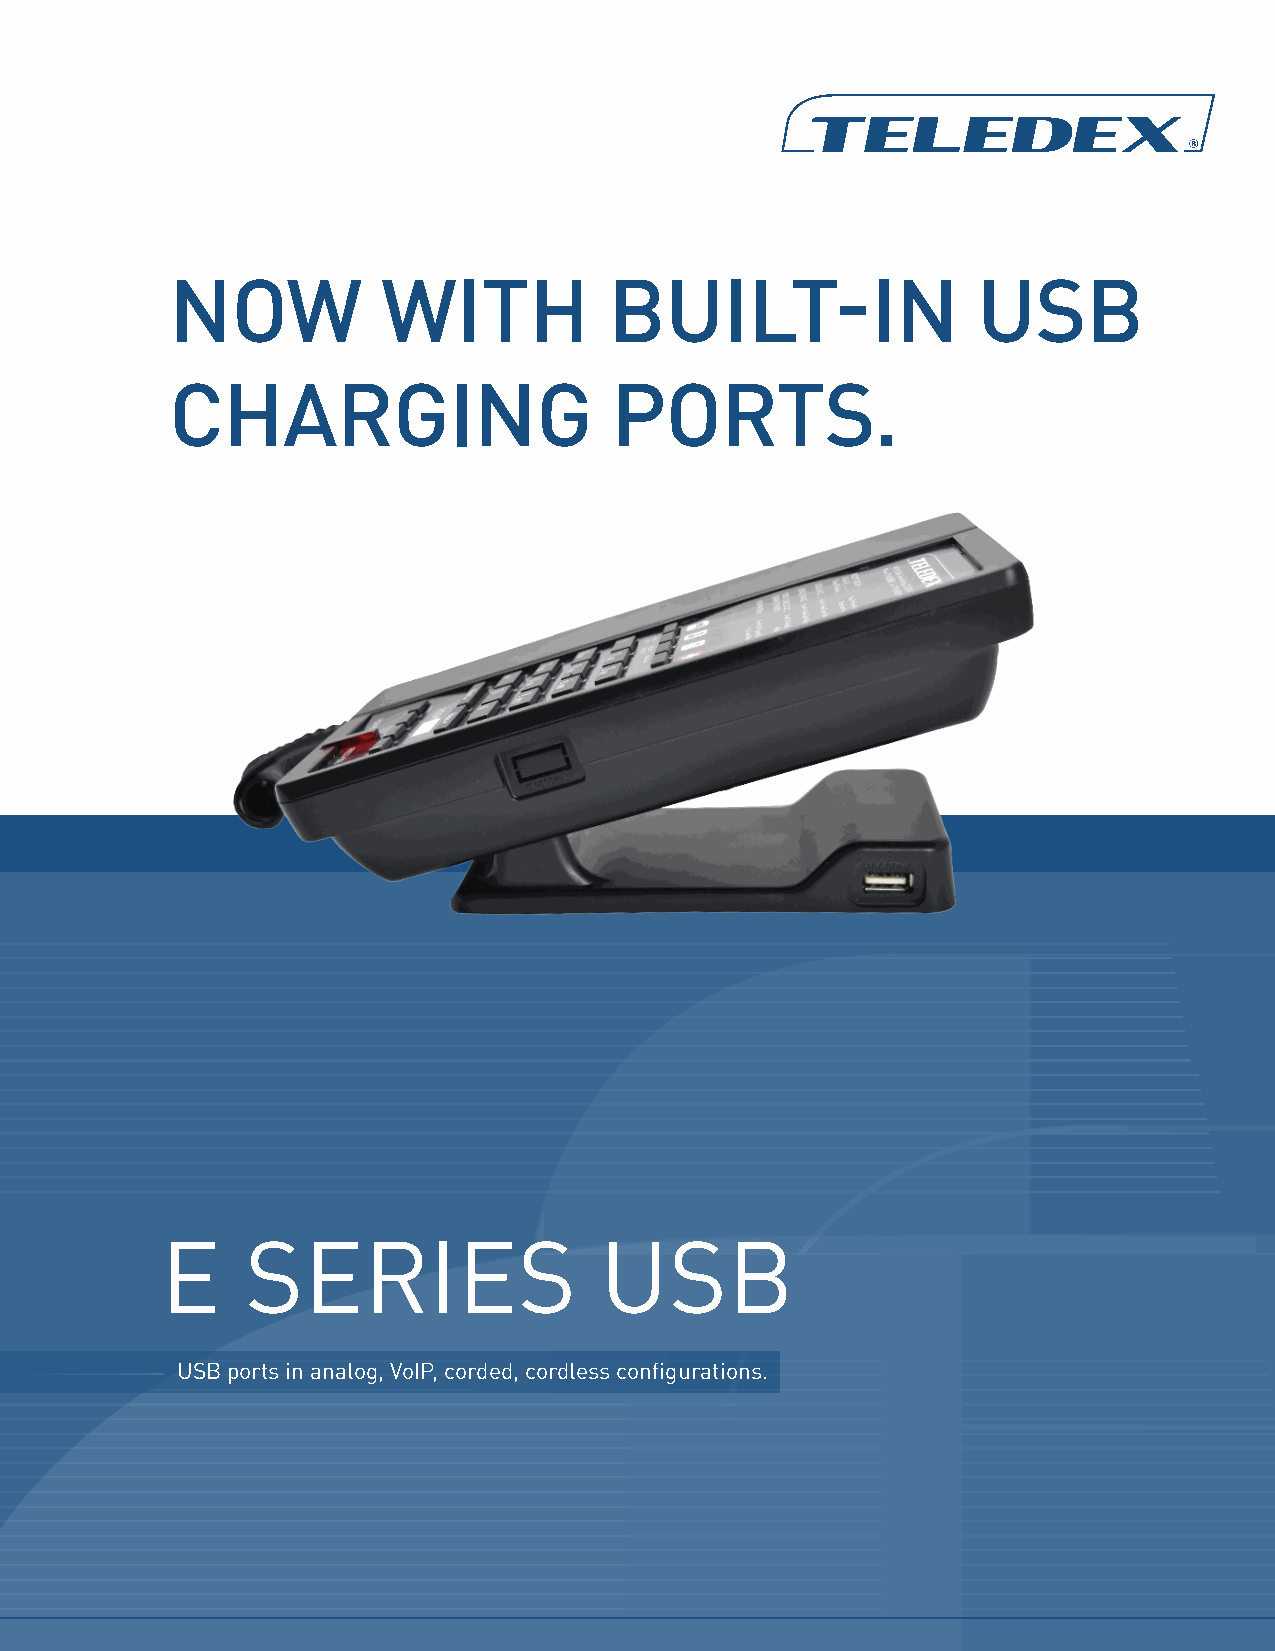
NOW           WITH           BUILT-IN                 USB
 CHARGING                     PORTS.
 E    SERIES                  USB
 USB ports in analog, VoIP, corded, cordless configurations.